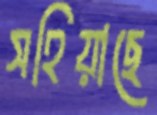
সহিয়াছে